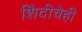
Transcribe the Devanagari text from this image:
शिंदीचेही